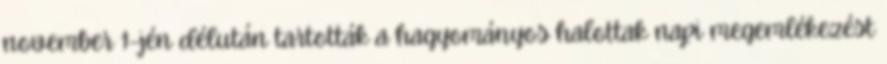
november 1-jén délután tartották a hagyományos halottak napi megemlékezést